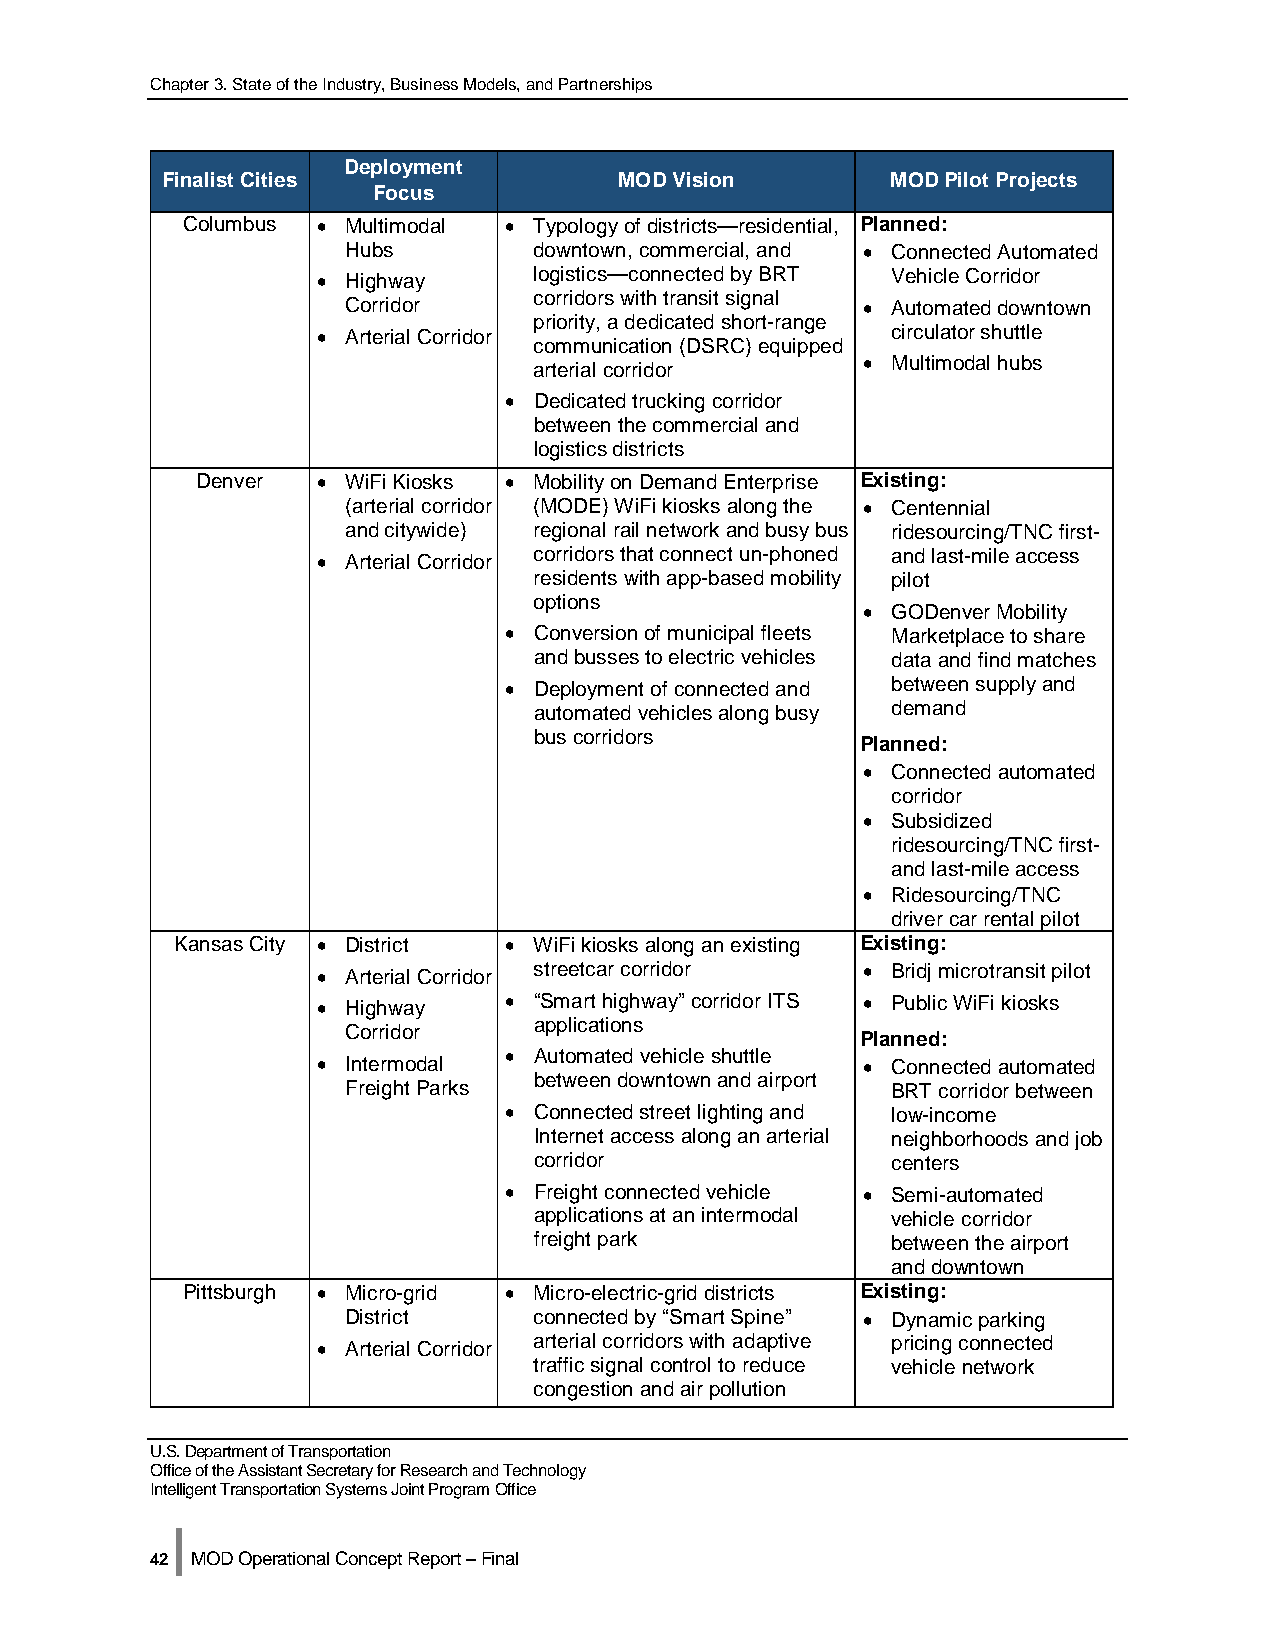
Chapter 3. State of the Industry, Business Models, and Partnerships
 Deployment
 Finalist Cities               MOD Vision        MOD Pilot Projects
 Focus
 Columbus • Multimodal • Typology of districts—residential, Planned:
 Hubs        downtown, commercial, and • Connected Automated
 • Highway     logistics—connected by BRT Vehicle Corridor
 corridors with transit signal
 Corridor                          • Automated downtown
 priority, a dedicated short-range
 • Arterial Corridor                   circulator shuttle
 communication (DSRC) equipped
 arterial corridor     • Multimodal hubs
 • Dedicated trucking corridor
 between the commercial and
 logistics districts
 Denver  • WiFi Kiosks • Mobility on Demand Enterprise Existing:
 (arterial corridor (MODE) WiFi kiosks along the • Centennial
 and citywide) regional rail network and busy bus ridesourcing/TNC first-
 • Arterial Corridor corridors that connect un-phoned and last-mile access
 residents with app-based mobility pilot
 options
 • GODenver Mobility
 • Conversion of municipal fleets Marketplace to share
 and busses to electric vehicles data and find matches
 • Deployment of connected and between supply and
 automated vehicles along busy demand
 bus corridors
 Planned:
 • Connected automated
 corridor
 • Subsidized
 ridesourcing/TNC first-
 and last-mile access
 • Ridesourcing/TNC
 driver car rental pilot
 Kansas City • District • WiFi kiosks along an existing Existing:
 • Arterial Corridor streetcar corridor • Bridj microtransit pilot
 • Highway   • “Smart highway” corridor ITS • Public WiFi kiosks
 applications
 Corridor
 Planned:
 • Intermodal • Automated vehicle shuttle • Connected automated
 between downtown and airport
 Freight Parks                       BRT corridor between
 • Connected street lighting and low-income
 Internet access along an arterial neighborhoods and job
 corridor                centers
 • Freight connected vehicle • Semi-automated
 applications at an intermodal vehicle corridor
 freight park            between the airport
 and downtown
 Pittsburgh • Micro-grid • Micro-electric-grid districts Existing:
 District    connected by “Smart Spine” • Dynamic parking
 • Arterial Corridor arterial corridors with adaptive pricing connected
 traffic signal control to reduce vehicle network
 congestion and air pollution
 U.S. Department of Transportation
 Office of the Assistant Secretary for Research and Technology
 Intelligent Transportation Systems Joint Program Office
 |
 42 MOD Operational Concept Report – Final